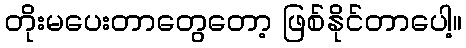
တိုးမပေးတာတွေတော့ ဖြစ်နိုင်တာပေါ့။